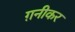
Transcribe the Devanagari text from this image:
ग़नीकर